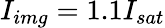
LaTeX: I_{img}=1.1I_{sat}